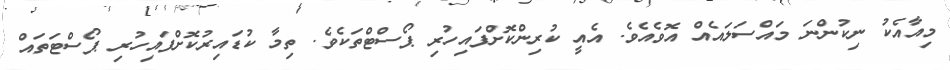
މިއާއެކު ނިކުންނަ މައްސަލައެއް އޮވެއެވެ. އެއީ ކުރިންކޮށްފައިހުރި ޕޯސްޓްތަކެވެ. ތިމާ ކުޑައިރުކޮށްފައިހުރި ޕޯސްޓަތައް